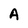
Character: A